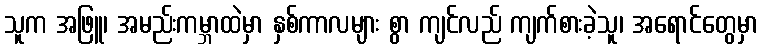
သူက အဖြူ၊ အမည်းကမ္ဘာထဲမှာ နှစ်ကာလများ စွာ ကျင်လည် ကျက်စားခဲ့သူ၊ အရောင်တွေမှာ